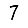
Digit: 7